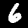
Label: 6